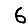
Digit: 6